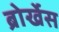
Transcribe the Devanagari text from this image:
ब्रोर्खेस